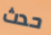
حدث